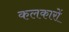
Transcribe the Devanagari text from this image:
कलकारों